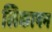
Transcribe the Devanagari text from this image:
लिकाषन